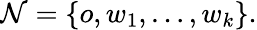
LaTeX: \mathcal{N}=\{ o,w_{1},\ldots,w_{k}\} .